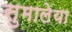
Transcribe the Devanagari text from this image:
सुमालेया